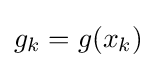
g_{k}=g(x_{k})